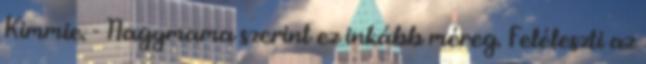
Kimmie. - Nagymama szerint ez inkább méreg. Feléleszti az